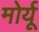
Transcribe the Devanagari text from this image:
मोर्यू